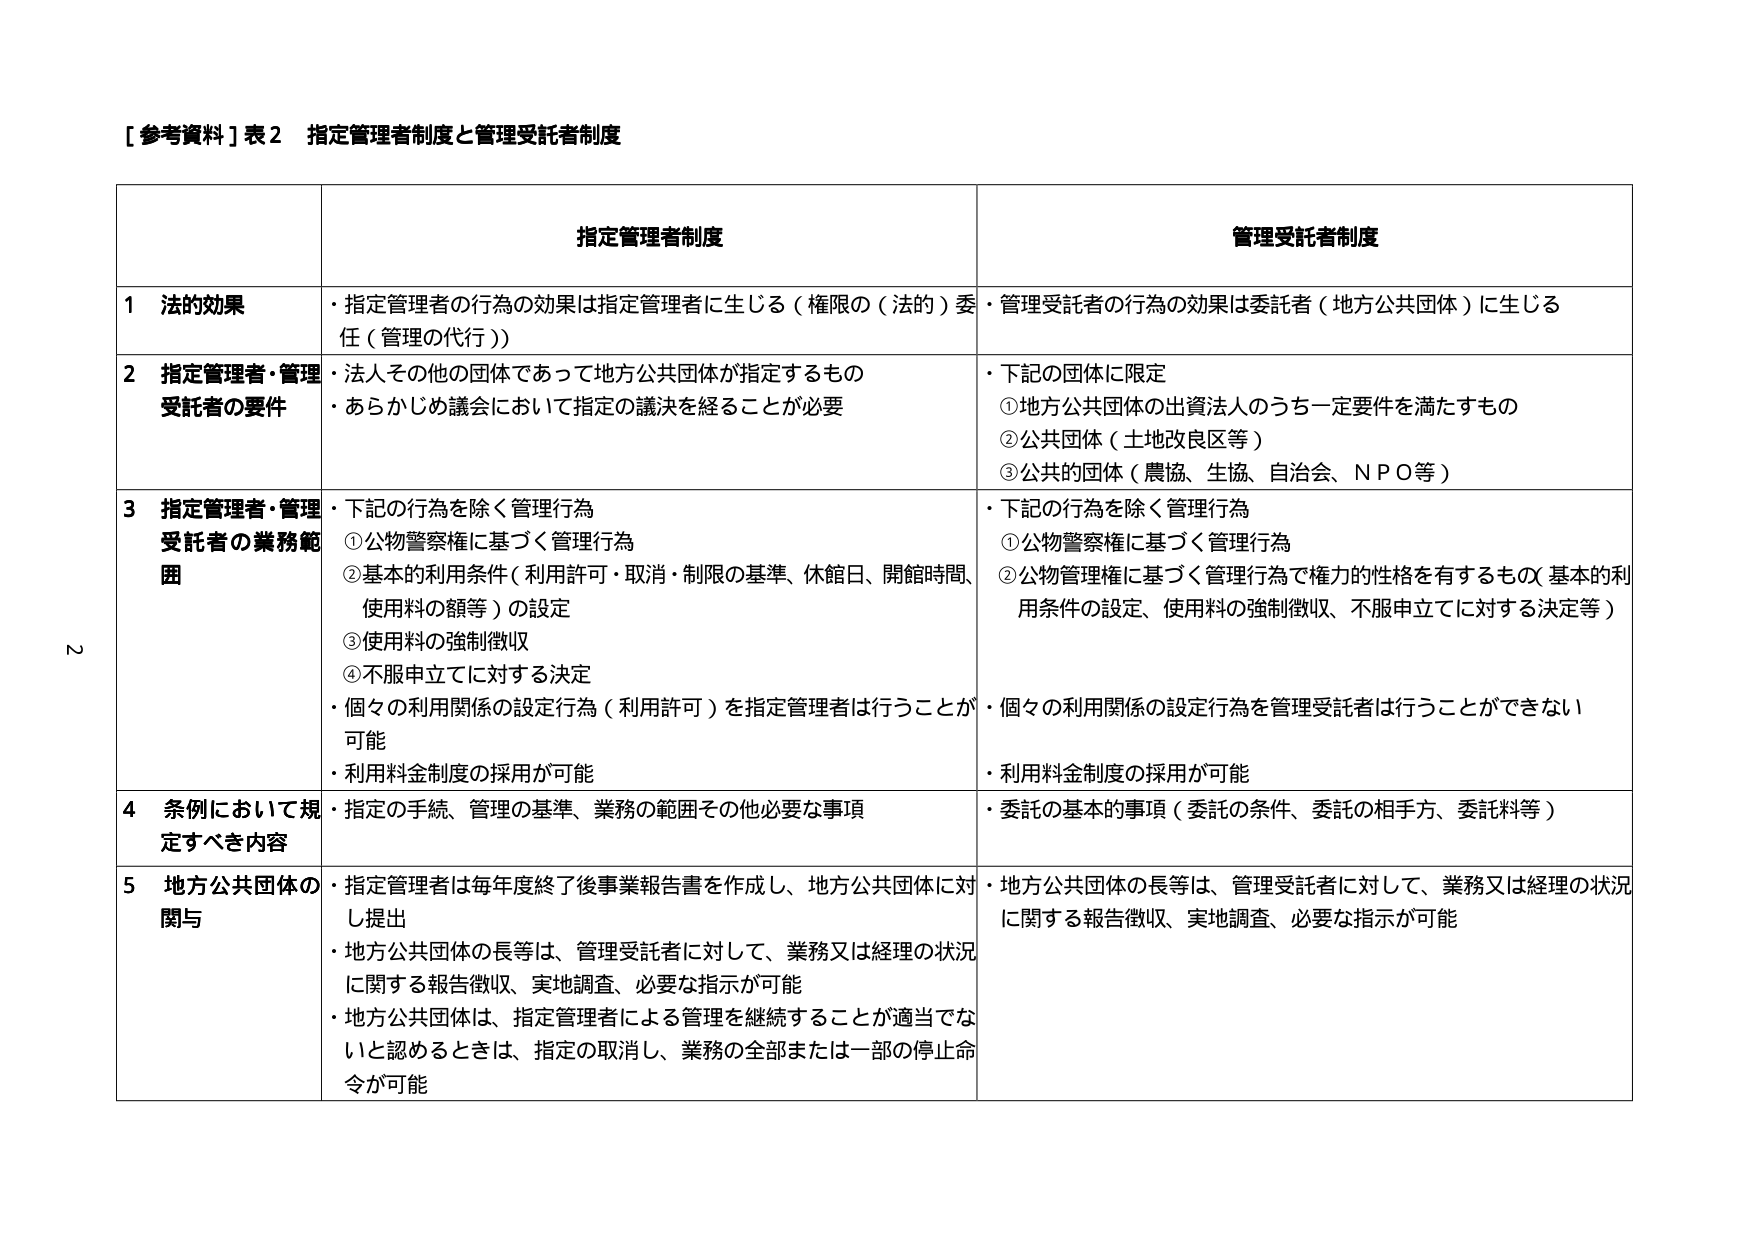
[参考資料] 表2 指定管理者制度と管理受託者制度

指定管理者制度 管理受託者制度

1 法的効果
・指定管理者の行為の効果は指定管理者に生じる（権限の（法的）委任（管理の代行））
・管理受託者の行為の効果は委託者（地方公共団体）に生じる

2 指定管理者・管理受託者の要件
・法人その他の団体であって地方公共団体が指定するもの
・あらかじめ議会において指定の議決を経ることが必要
・下記の団体に限定
①地方公共団体の出資法人のうち一定要件を満たすもの
②公共団体（土地改良区等）
③公共的団体（農協、生協、自治会、ＮＰＯ等）

3 指定管理者・管理受託者の業務範囲
・下記の行為を除く管理行為
①公物警察権に基づく管理行為
②基本的利用条件（利用許可・取消・制限の基準、休館日、開館時間、使用料の額等）の設定
③使用料の強制徴収
④不服申立てに対する決定
・個々の利用関係の設定行為（利用許可）を指定管理者は行うことが可能
・利用料金制度の採用が可能
・下記の行為を除く管理行為
①公物警察権に基づく管理行為
②公物管理権に基づく管理行為で権力的性質を有するもの（基本的利用条件の設定、使用料の強制徴収、不服申立てに対する決定等）
・個々の利用関係の設定行為を管理受託者は行うことができない
・利用料金制度の採用が可能

4 条例において規定すべき内容
・指定の手続、管理の基準、業務の範囲その他必要な事項
・委託の基本的事項（委託の条件、委託の相手方、委託料等）

5 地方公共団体の関与
・指定管理者は毎年度終了後事業報告書を作成し、地方公共団体に対し提出
・地方公共団体の長等は、管理受託者に対して、業務又は経理の状況に関する報告徴収、実地調査、必要な指示が可能
・地方公共団体は、指定管理者による管理を継続することが適当でないと認めるときは、指定の取消し、業務の全部または一部の停止命令が可能
・地方公共団体の長等は、管理受託者に対して、業務又は経理の状況に関する報告徴収、実地調査、必要な指示が可能